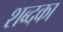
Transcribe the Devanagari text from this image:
शब्दका